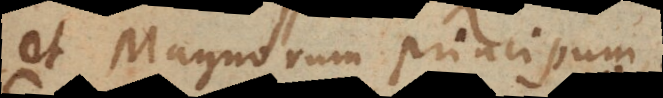
et magnorum principum,